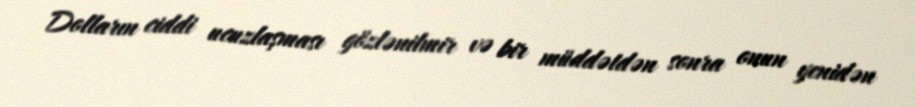
Dolların ciddi ucuzlaşması gözlənilmir və bir müddətdən sonra onun yenidən